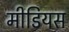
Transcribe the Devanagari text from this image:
मीडियस